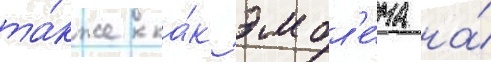
та́кже ка́к эмбл'е́ма на́